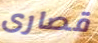
قصارى